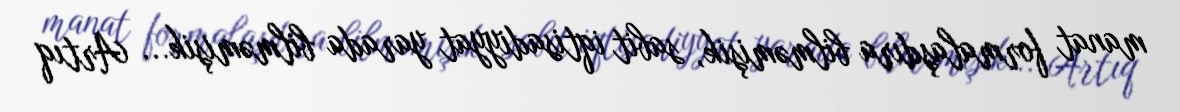
manat formalaşdıra bilməmişik, sabit iqtisadiyyat yarada bilməmişik... Artıq